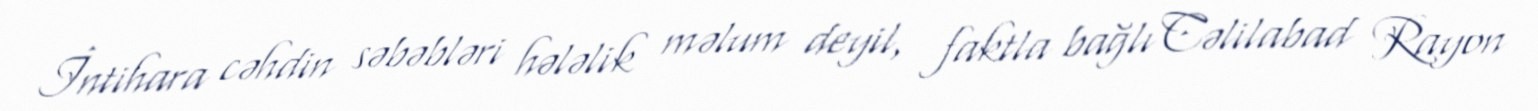
İntihara cəhdin səbəbləri hələlik məlum deyil, faktla bağlı Cəlilabad Rayon